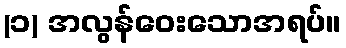
(၁) အလွန်ဝေးသောအရပ်။